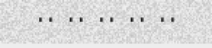
.. .. .. .. ..